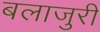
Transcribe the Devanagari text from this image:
बलाजुरी